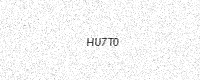
Text: HU7T0